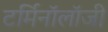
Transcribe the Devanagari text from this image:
टर्मिनाॅलाॅजी